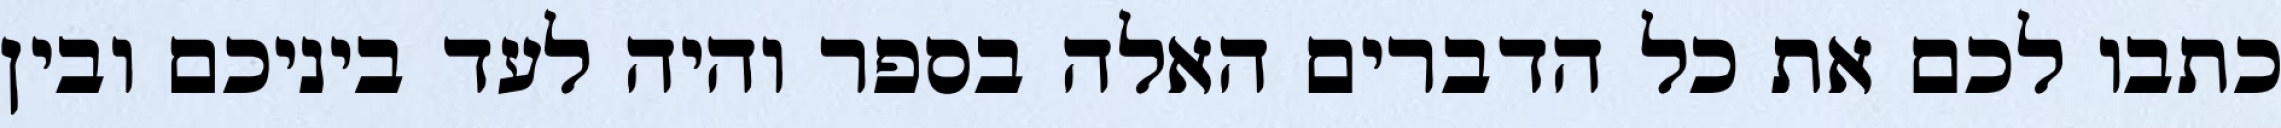
כתבו לכם את כל הדברים האלה בספר והיה לעד ביניכם ובין